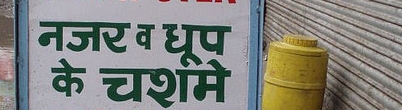
Language: hindi
Transcription: चर्शमे धूप नजर व के